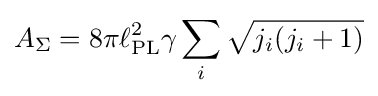
A_{\Sigma }=8\pi \ell _{\text{PL}}^{2}\gamma \sum _{i}{\sqrt {j_{i}(j_{i}+1)}}